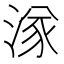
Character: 㴚